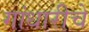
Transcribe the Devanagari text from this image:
गांधारीचे